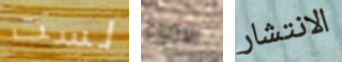
لست الازياء الانتشار